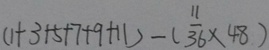
( 1 + 3 + 5 + 7 + 9 + 1 1 ) - ( \frac { 1 1 } { 3 6 } \times 4 8 )